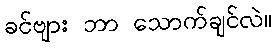
ခင်ဗျား ဘာ သောက်ချင်လဲ။